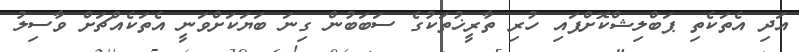
އަދި އެތަކެތި ޕަބްލިޝްކޮށްފައި ހުރި ތާރީޚުތަކުގެ ސަބަބުން ގިނަ ބަޔަކަށްވަނީ އެތަކެއްޗަށް ވާސިލު